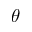
\theta